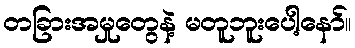
တခြားအမှုတွေနဲ့ မတူဘူးပေါ့နော်။